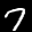
Label: 7